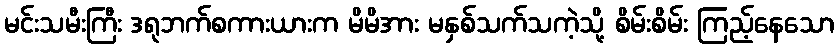
မင်းသမီးကြီး ဒရုဘက်စကားယားက မိမိအား မနှစ်သက်သကဲ့သို့ စိမ်းစိမ်း ကြည့်နေသော